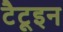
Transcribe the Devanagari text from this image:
टैटूइन